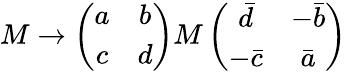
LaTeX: M\rightarrow\left(\begin{array}{cc}{{a}}&{{b}}\\ {{c}}&{{d}}\end{array}\right)M\left(\begin{array}{cc}{{\bar{d}}}&{{-\bar{b}}}\\ {{-\bar{c}}}&{{\bar{a}}}\end{array}\right)